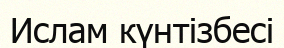
Ислам күнтізбесі